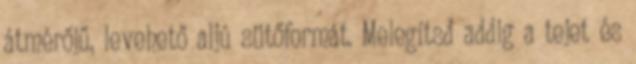
átmérőjű, levehető aljú sütőformát. Melegítsd addig a tejet és